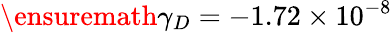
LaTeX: \ensuremath{\gamma}_{D}=-1.72\times 10^{-8}